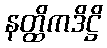
နတ္ထိကဒိဋ္ဌိ